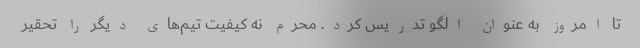
تا امروز به عنوان الگو تدریس کرد. محرم نه کیفیت تیم‌های دیگر را تحقیر